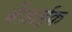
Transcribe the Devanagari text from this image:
बेंज़ाईक